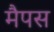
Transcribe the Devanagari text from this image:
मैपस